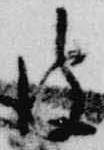
彼